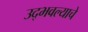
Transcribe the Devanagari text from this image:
उद्भवल्याचे